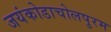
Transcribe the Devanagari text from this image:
जयंकोडाचोलपुरम